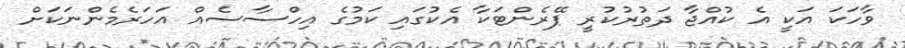
ވާހަކަ އަކީ އެ ކުއްޖާ ދަތުރުކުރީ ޕޭރެންޓަކާ އެކުގައި ކަމުގެ އިހްސާސެއް އަހަރެމެންނަކަށް